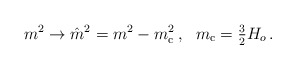
\begin{align*}m^2\to \hat{m}^2=m^2-m_{\rm c}^2\,,~~ m_{\rm c}={\textstyle{3\over2}}H_o\,.\end{align*}